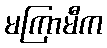
မကြာမီက